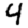
Digit: 4